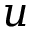
u